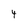
Character: 4